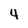
Character: 4